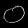
Digit: ၀